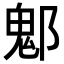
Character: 𨝀